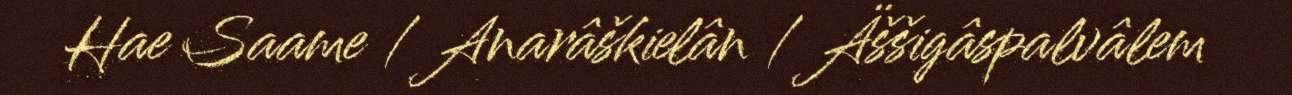
Hae Saame / Anarâškielân / Äššigâspalvâlem